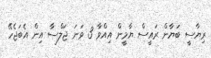
ރިޔާސީ ބަޔާން ރައީސް ޔާމީން އިއްވާ 3 ވަނަ ޖަލްސާ އިން އެބަޖެހޭ